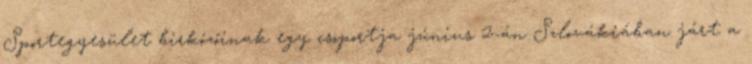
Sportegyesület birkózóinak egy csoportja június 2-án Szlovákiában járt a